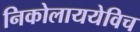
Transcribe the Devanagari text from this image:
निकोलाययेविच